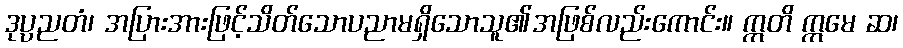
ဒုပ္ပညတံ၊ အပြားအားဖြင့်သိတ်သောပညာမရှိသောသူ၏အဖြစ်လည်းကောင်း။ ဣတိ ဣမေ ဆ၊